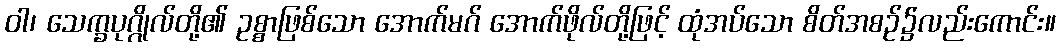
ဝါ၊ သေက္ခပုဂ္ဂိုလ်တို့၏ ဥစ္စာဖြစ်သော အောက်မဂ် အောက်ဖိုလ်တို့ဖြင့် ထုံအပ်သော စိတ်အစဉ်၌လည်းကောင်း။